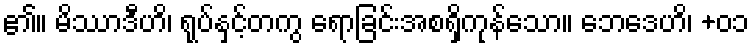
၏။ မိဿာဒီဟိ၊ ရုပ်နှင့်တကွ ရောခြင်းအစရှိကုန်သော။ ဘေဒေဟိ၊ +၀၁